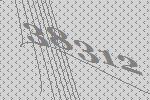
38312